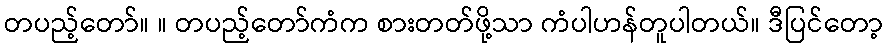
တပည့်တော်။ ။ တပည့်တော်ကံက စားတတ်ဖို့သာ ကံပါဟန်တူပါတယ်။ ဒီပြင်တော့